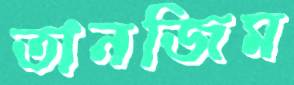
তানজিম